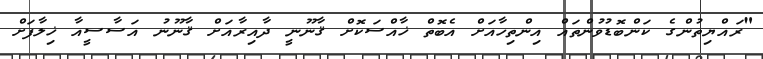
"ރައްޔިތުންގެ ކަންބޮޑުވުންތައް އިންތިހާއަށް އެބޮތް ޚާއްސަކޮށް ޤާނޫނީ ދާއިރާއަށް ޤާނޫނު އަސާސީއާ ޚިލާފަށް